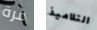
مرة التلاميذ